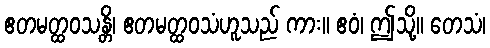
ဧတမတ္ထဝသန္တိ၊ ဧတမတ္ထဝသံဟူသည် ကား။ ဧဝံ၊ ဤသို့။ တေသံ၊